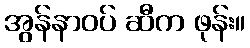
အွန်နာဝပ် ဆီက ဖုန်း။